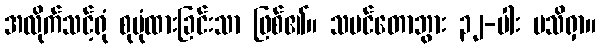
အလိုက်သင့်ရုံ စုပုံထားခြင်းသာ ဖြစ်၏။ သမင်တောဘွား ၃၂-ပါး မသိရှာ။